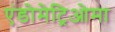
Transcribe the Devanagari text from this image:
एंडोमेट्रिओमा